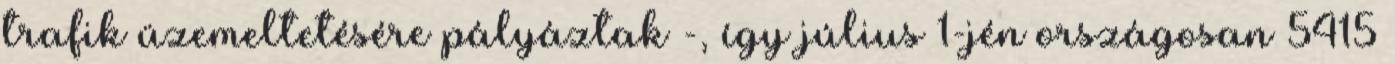
trafik üzemeltetésére pályáztak -, így július 1-jén országosan 5415